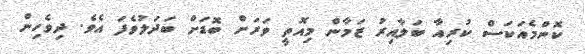
ކޮންމެއަކަސް ކުރިއާ ބަލާއިރު ޒަމާން މިއޮތީ ވަރަށް ބޮޑަށް ބަދަލުވެފަ އެވެ. ދިވެހިން